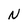
Character: N